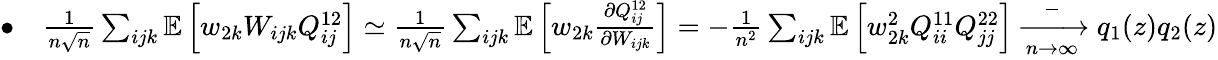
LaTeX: \begin{array}{r}{\bullet\quad\frac{1}{n\sqrt n}\sum_{ijk}\mathbb{E}\left[w_{2k}W_{ijk}Q_{ij}^{12}\right]\simeq\frac{1}{n\sqrt n}\sum_{ijk}\mathbb{E}\left[w_{2k}\frac{\partial Q_{ij}^{12}}{\partial W_{ijk}}\right]=-\frac{1}{n^{2}}\sum_{ijk}\mathbb{E}\left[w_{2k}^{2}Q_{ii}^{11}Q_{jj}^{22}\right]\xrightarrow[n\to\infty]-q_{1}(z)q_{2}(z)}\end{array}